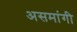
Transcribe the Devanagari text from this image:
असमांगी